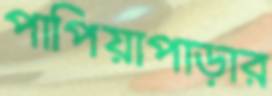
পাপিয়াপাড়ার